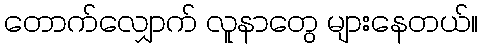
တောက်လျှောက် လူနာတွေ များနေတယ်။